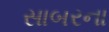
સાબરના